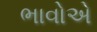
ભાવોએ